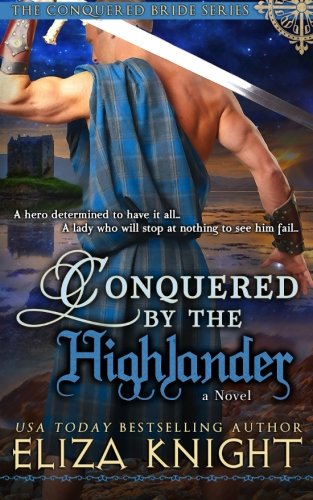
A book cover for Conquered by the Highlander (Conquered Brides Series) (Volume 1); Eliza Knight; Romance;